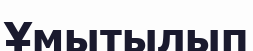
Ұмытылып